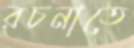
রচনাতে